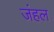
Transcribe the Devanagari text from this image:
जंहल